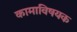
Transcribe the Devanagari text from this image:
कामाविषयक